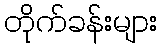
တိုက်ခန်းများ